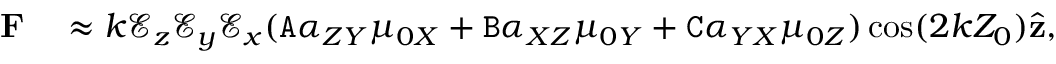
\begin{array} { r l } { \mathbf { F } } & { { } \approx k \mathcal { E } _ { z } \mathcal { E } _ { y } \mathcal { E } _ { x } ( \mathtt { A } \alpha _ { Z Y } \mu _ { 0 X } + \mathtt { B } \alpha _ { X Z } \mu _ { 0 Y } + \mathtt { C } \alpha _ { Y X } \mu _ { 0 Z } ) \cos ( 2 k Z _ { 0 } ) \hat { \mathbf { z } } , } \end{array}